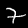
Digit: 7